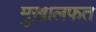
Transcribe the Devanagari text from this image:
मुख़ालफत